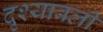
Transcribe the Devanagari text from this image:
दृश्‍यावली